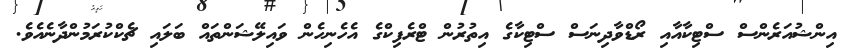
އިންޝުއަރެންސް ސްޓިކާއާއި ރޯޑްވާދިނަސް ސްޓިކާގެ އިތުރުން ޓްރެފިކްގެ އެހެނިހެން ވައިލޭޝަންތައް ބަލައި ޗެކްކުރަމުންދާނެއެވެ.